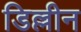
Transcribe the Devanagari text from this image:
डिल्लीन